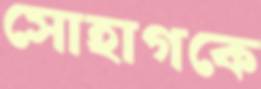
সোহাগকে